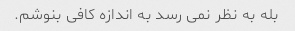
بله به نظر نمی رسد به اندازه کافی بنوشم.